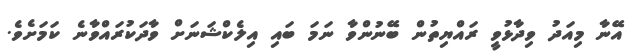
އޭނާ މިއަދު ވިދާޅުވީ ރައްޔިތުން ބޭނުންވާ ނަމަ ބައި އިލެކްޝަނަށް ވާދަކުރައްވާނެ ކަމަށެވެ.